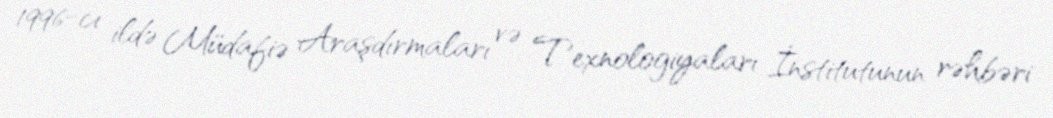
1996-cı ildə Müdafiə Araşdırmaları və Texnologiyaları İnstitutunun rəhbəri